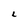
Character: L